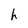
Character: h